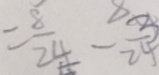
= \frac { 8 } { 2 4 } - \frac { 3 } { 2 4 }